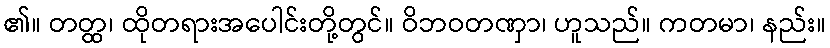
၏။ တတ္ထ၊ ထိုတရားအပေါင်းတို့တွင်။ ဝိဘဝတဏှာ၊ ဟူသည်။ ကတမာ၊ နည်း။